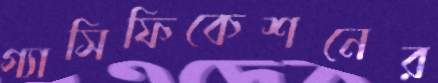
গ্যাসিফিকেশনের